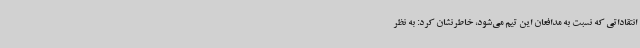
انتقاداتی که نسبت به مدافعان این تیم می‌شود، خاطرنشان کرد:‌ به نظر